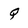
Character: Q